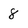
Character: 8